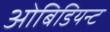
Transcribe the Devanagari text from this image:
ओबिडियन्ट